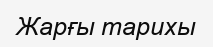
Жарғы тарихы